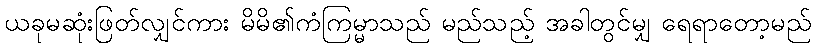
ယခုမဆုံးဖြတ်လျှင်ကား မိမိ၏ကံကြမ္မာသည် မည်သည့် အခါတွင်မျှ ရေရာတော့မည်